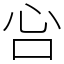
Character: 吢